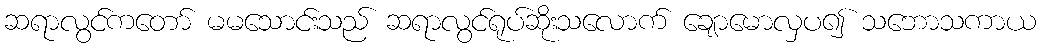
ဆရာလွင်ကတော် မမသောင်းသည် ဆရာလွင်ရုပ်ဆိုးသလောက် ချောမောလှပ၍ သဘောသကာယ